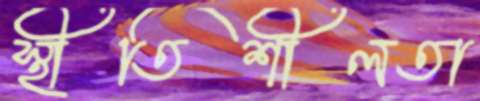
স্থীতিশীলতা